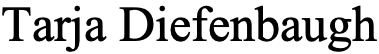
Tarja Diefenbaugh